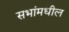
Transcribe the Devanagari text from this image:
सभांमधील